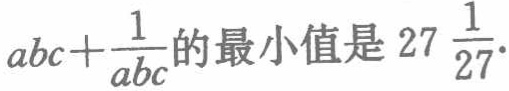
\(abc+\frac{1}{abc}的最小值是27\frac{1}{27}.\)